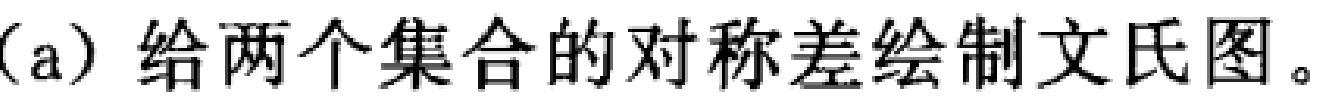
(a) 给两个集合的对称差绘制文氏图。